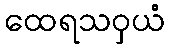
ထေရသဝှယံ